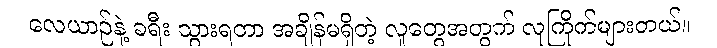
လေယာဉ်နဲ့ ခရီး သွားရတာ အချိန်မရှိတဲ့ လူတွေအတွက် လူကြိုက်များတယ်။